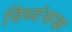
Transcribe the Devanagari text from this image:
विध्‍वंसक